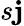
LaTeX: s\mathbf{j}